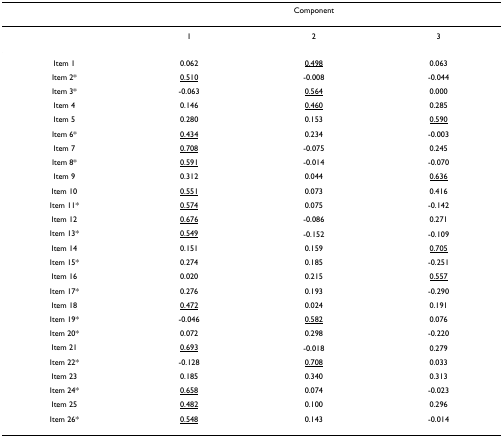
<table><thead><tr><td></td><td colspan="3"><b>Component</b></td></tr></thead><tbody><tr><td></td><td>1</td><td>2</td><td>3</td></tr><tr><td>Item 1</td><td>0.062</td><td><underline>0.498</underline></td><td>0.063</td></tr><tr><td>Item 2*</td><td><underline>0.510</underline></td><td>-0.008</td><td>-0.044</td></tr><tr><td>Item 3*</td><td>-0.063</td><td><underline>0.564</underline></td><td>0.000</td></tr><tr><td>Item 4</td><td>0.146</td><td><underline>0.460</underline></td><td>0.285</td></tr><tr><td>Item 5</td><td>0.280</td><td>0.153</td><td><underline>0.590</underline></td></tr><tr><td>Item 6*</td><td><underline>0.434</underline></td><td>0.234</td><td>-0.003</td></tr><tr><td>Item 7</td><td><underline>0.708</underline></td><td>-0.075</td><td>0.245</td></tr><tr><td>Item 8*</td><td><underline>0.591</underline></td><td>-0.014</td><td>-0.070</td></tr><tr><td>Item 9</td><td>0.312</td><td>0.044</td><td><underline>0.636</underline></td></tr><tr><td>Item 10</td><td><underline>0.551</underline></td><td>0.073</td><td>0.416</td></tr><tr><td>Item 11*</td><td><underline>0.574</underline></td><td>0.075</td><td>-0.142</td></tr><tr><td>Item 12</td><td><underline>0.676</underline></td><td>-0.086</td><td>0.271</td></tr><tr><td>Item 13*</td><td><underline>0.549</underline></td><td>-0.152</td><td>-0.109</td></tr><tr><td>Item 14</td><td>0.151</td><td>0.159</td><td><underline>0.705</underline></td></tr><tr><td>Item 15*</td><td>0.274</td><td>0.185</td><td>-0.251</td></tr><tr><td>Item 16</td><td>0.020</td><td>0.215</td><td><underline>0.557</underline></td></tr><tr><td>Item 17*</td><td>0.276</td><td>0.193</td><td>-0.290</td></tr><tr><td>Item 18</td><td><underline>0.472</underline></td><td>0.024</td><td>0.191</td></tr><tr><td>Item 19*</td><td>-0.046</td><td><underline>0.582</underline></td><td>0.076</td></tr><tr><td>Item 20*</td><td>0.072</td><td>0.298</td><td>-0.220</td></tr><tr><td>Item 21</td><td><underline>0.693</underline></td><td>-0.018</td><td>0.279</td></tr><tr><td>Item 22*</td><td>-0.128</td><td><underline>0.708</underline></td><td>0.033</td></tr><tr><td>Item 23</td><td>0.185</td><td>0.340</td><td>0.313</td></tr><tr><td>Item 24*</td><td><underline>0.658</underline></td><td>0.074</td><td>-0.023</td></tr><tr><td>Item 25</td><td><underline>0.482</underline></td><td>0.100</td><td>0.296</td></tr><tr><td>Item 26*</td><td><underline>0.548</underline></td><td>0.143</td><td>-0.014</td></tr></tbody></table>